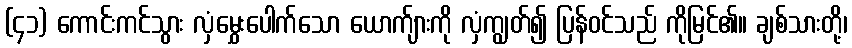
(၄၁) ကောင်းကင်သွား လှံမွှေးပေါက်သော ယောက်ျားကို လှံကျွတ်၍ ပြန်ဝင်သည် ကိုမြင်၏။ ချစ်သားတို့၊